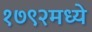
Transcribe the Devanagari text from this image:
१७९२मध्ये